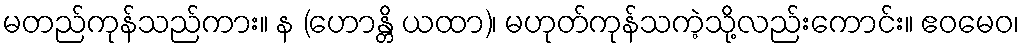
မတည်ကုန်သည်ကား။ န (ဟောန္တိ ယထာ)၊ မဟုတ်ကုန်သကဲ့သို့လည်းကောင်း။ ဧဝမေဝ၊